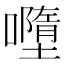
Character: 𡃏